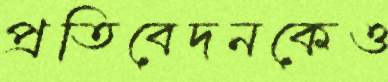
প্রতিবেদনকেও